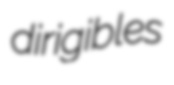
dirigibles